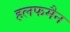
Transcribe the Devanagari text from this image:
हलफमैन